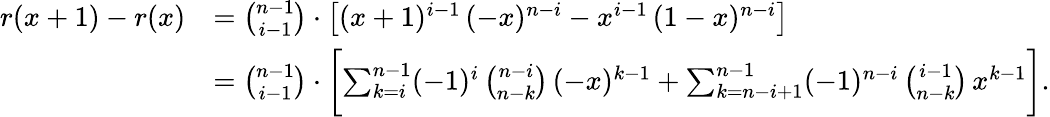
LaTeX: \begin{array}{rl}{r(x+1)-r(x)}&{=\binom{n-1}{i-1}\cdot\bigl[(x+1)^{i-1}\, (-x)^{n-i}-x^{i-1}\, (1-x)^{n-i}\bigr]}\\ &{=\binom{n-1}{i-1}\cdot\biggl[\sum_{k=i}^{n-1}(-1)^{i}\, \binom{n-i}{n-k}\, (-x)^{k-1}+\sum_{k=n-i+1}^{n-1}(-1)^{n-i}\, \binom{i-1}{n-k}\, x^{k-1}\biggr].}\end{array}